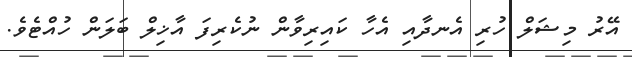
އޭރު މިޝަލް ހުރި އެނދާއި އެހާ ކައިރިވާން ނުކެރިފަ އާޚިލް ބަލަން ހުއްޓެވެ.